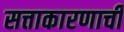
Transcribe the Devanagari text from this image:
सत्ताकारणाची